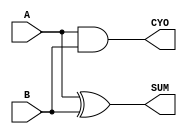
//--------------------------------------------------------------------------------------------
//
// Generated by X-HDL VHDL Translator - Version 2.0.0 Feb. 1, 2011
// ?? 1? 12 2021 15:54:45
//
//      Input file      : 
//      Component name  : half_adder
//      Author          : 
//      Company         : 
//
//      Description     : 
//
//
//--------------------------------------------------------------------------------------------


module half_adder(A, B, SUM, CYO);
	input   A;
	input   B;
	output  SUM;
	output  CYO;

	assign SUM = A ^ B;
	assign CYO = A & B;
   
endmodule